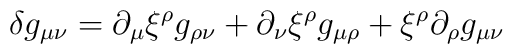
\delta  g_{ \mu \nu}= \partial_{ \mu}  \xi^{ \rho}g_{ \rho \nu} +\partial_{ \nu}  \xi^{ \rho}g_{ \mu\rho}+\xi^{\rho}\partial_{\rho}g_{\mu\nu}